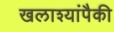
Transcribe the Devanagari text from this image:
खलाश्यांपैकी